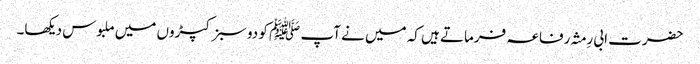
حضرت ابی رِمثہ رفاعہ فرماتے ہیں کہ میں نے آپ ﷺ کو دو سبز کپڑوں میں ملبوس دیکھا۔